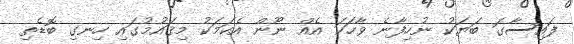
ފައިސާގަ ބަޔަކު ނުހިފާނެ ވާހަކަ އެއް ނޫން އެކަމަކު މިޤައުމުގައި ހިނގި ބޮޑެތި